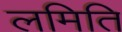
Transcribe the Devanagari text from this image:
लमिति